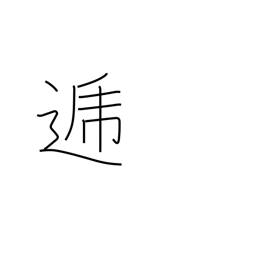
Meaning: in turn